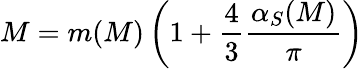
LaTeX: M=m(M)\left(1+\frac{4}{3}\frac{\alpha_{S}(M)}{\pi}\right)